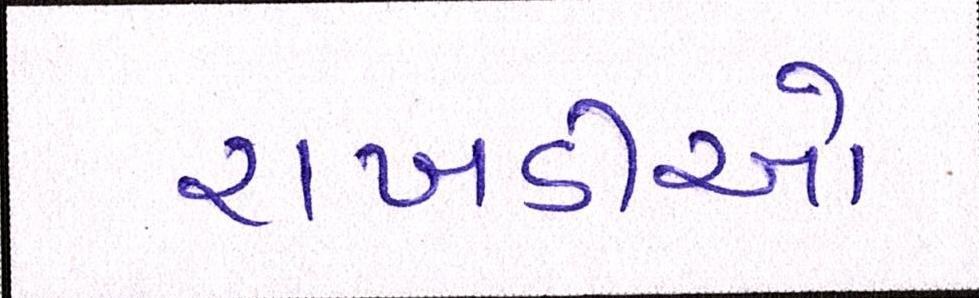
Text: રાખડીઓ